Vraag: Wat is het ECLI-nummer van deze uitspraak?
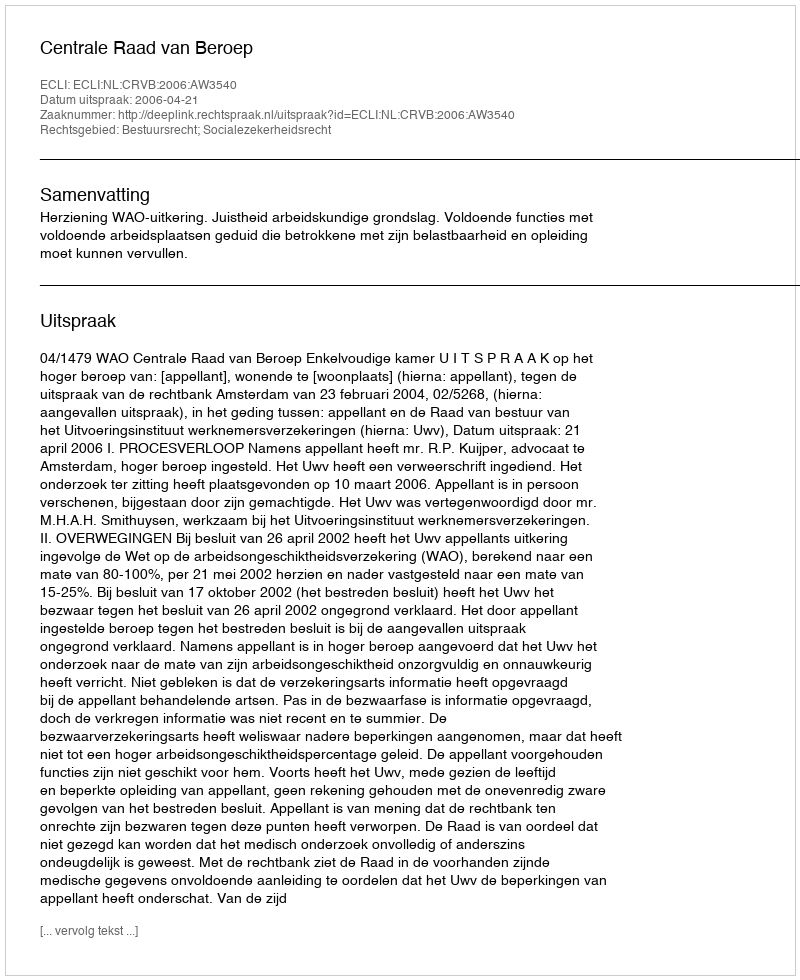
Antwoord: ECLI:NL:CRVB:2006:AW3540